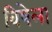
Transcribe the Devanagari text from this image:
विषेला